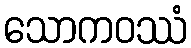
သောကဝဿံ